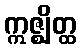
ဣဇ္ဈိတ္ထ